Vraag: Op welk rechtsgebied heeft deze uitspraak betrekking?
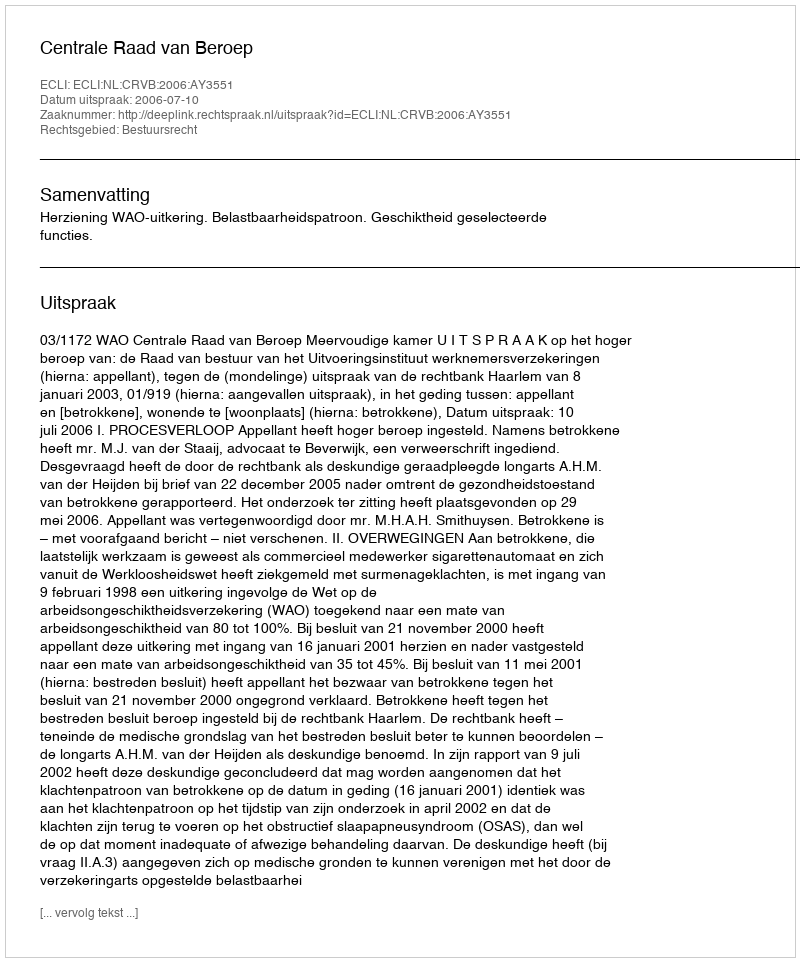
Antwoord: Bestuursrecht